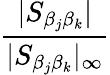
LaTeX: \frac{|S_{\beta_{j}\beta_{k}}|}{|S_{\beta_{j}\beta_{k}}|_{\infty}}